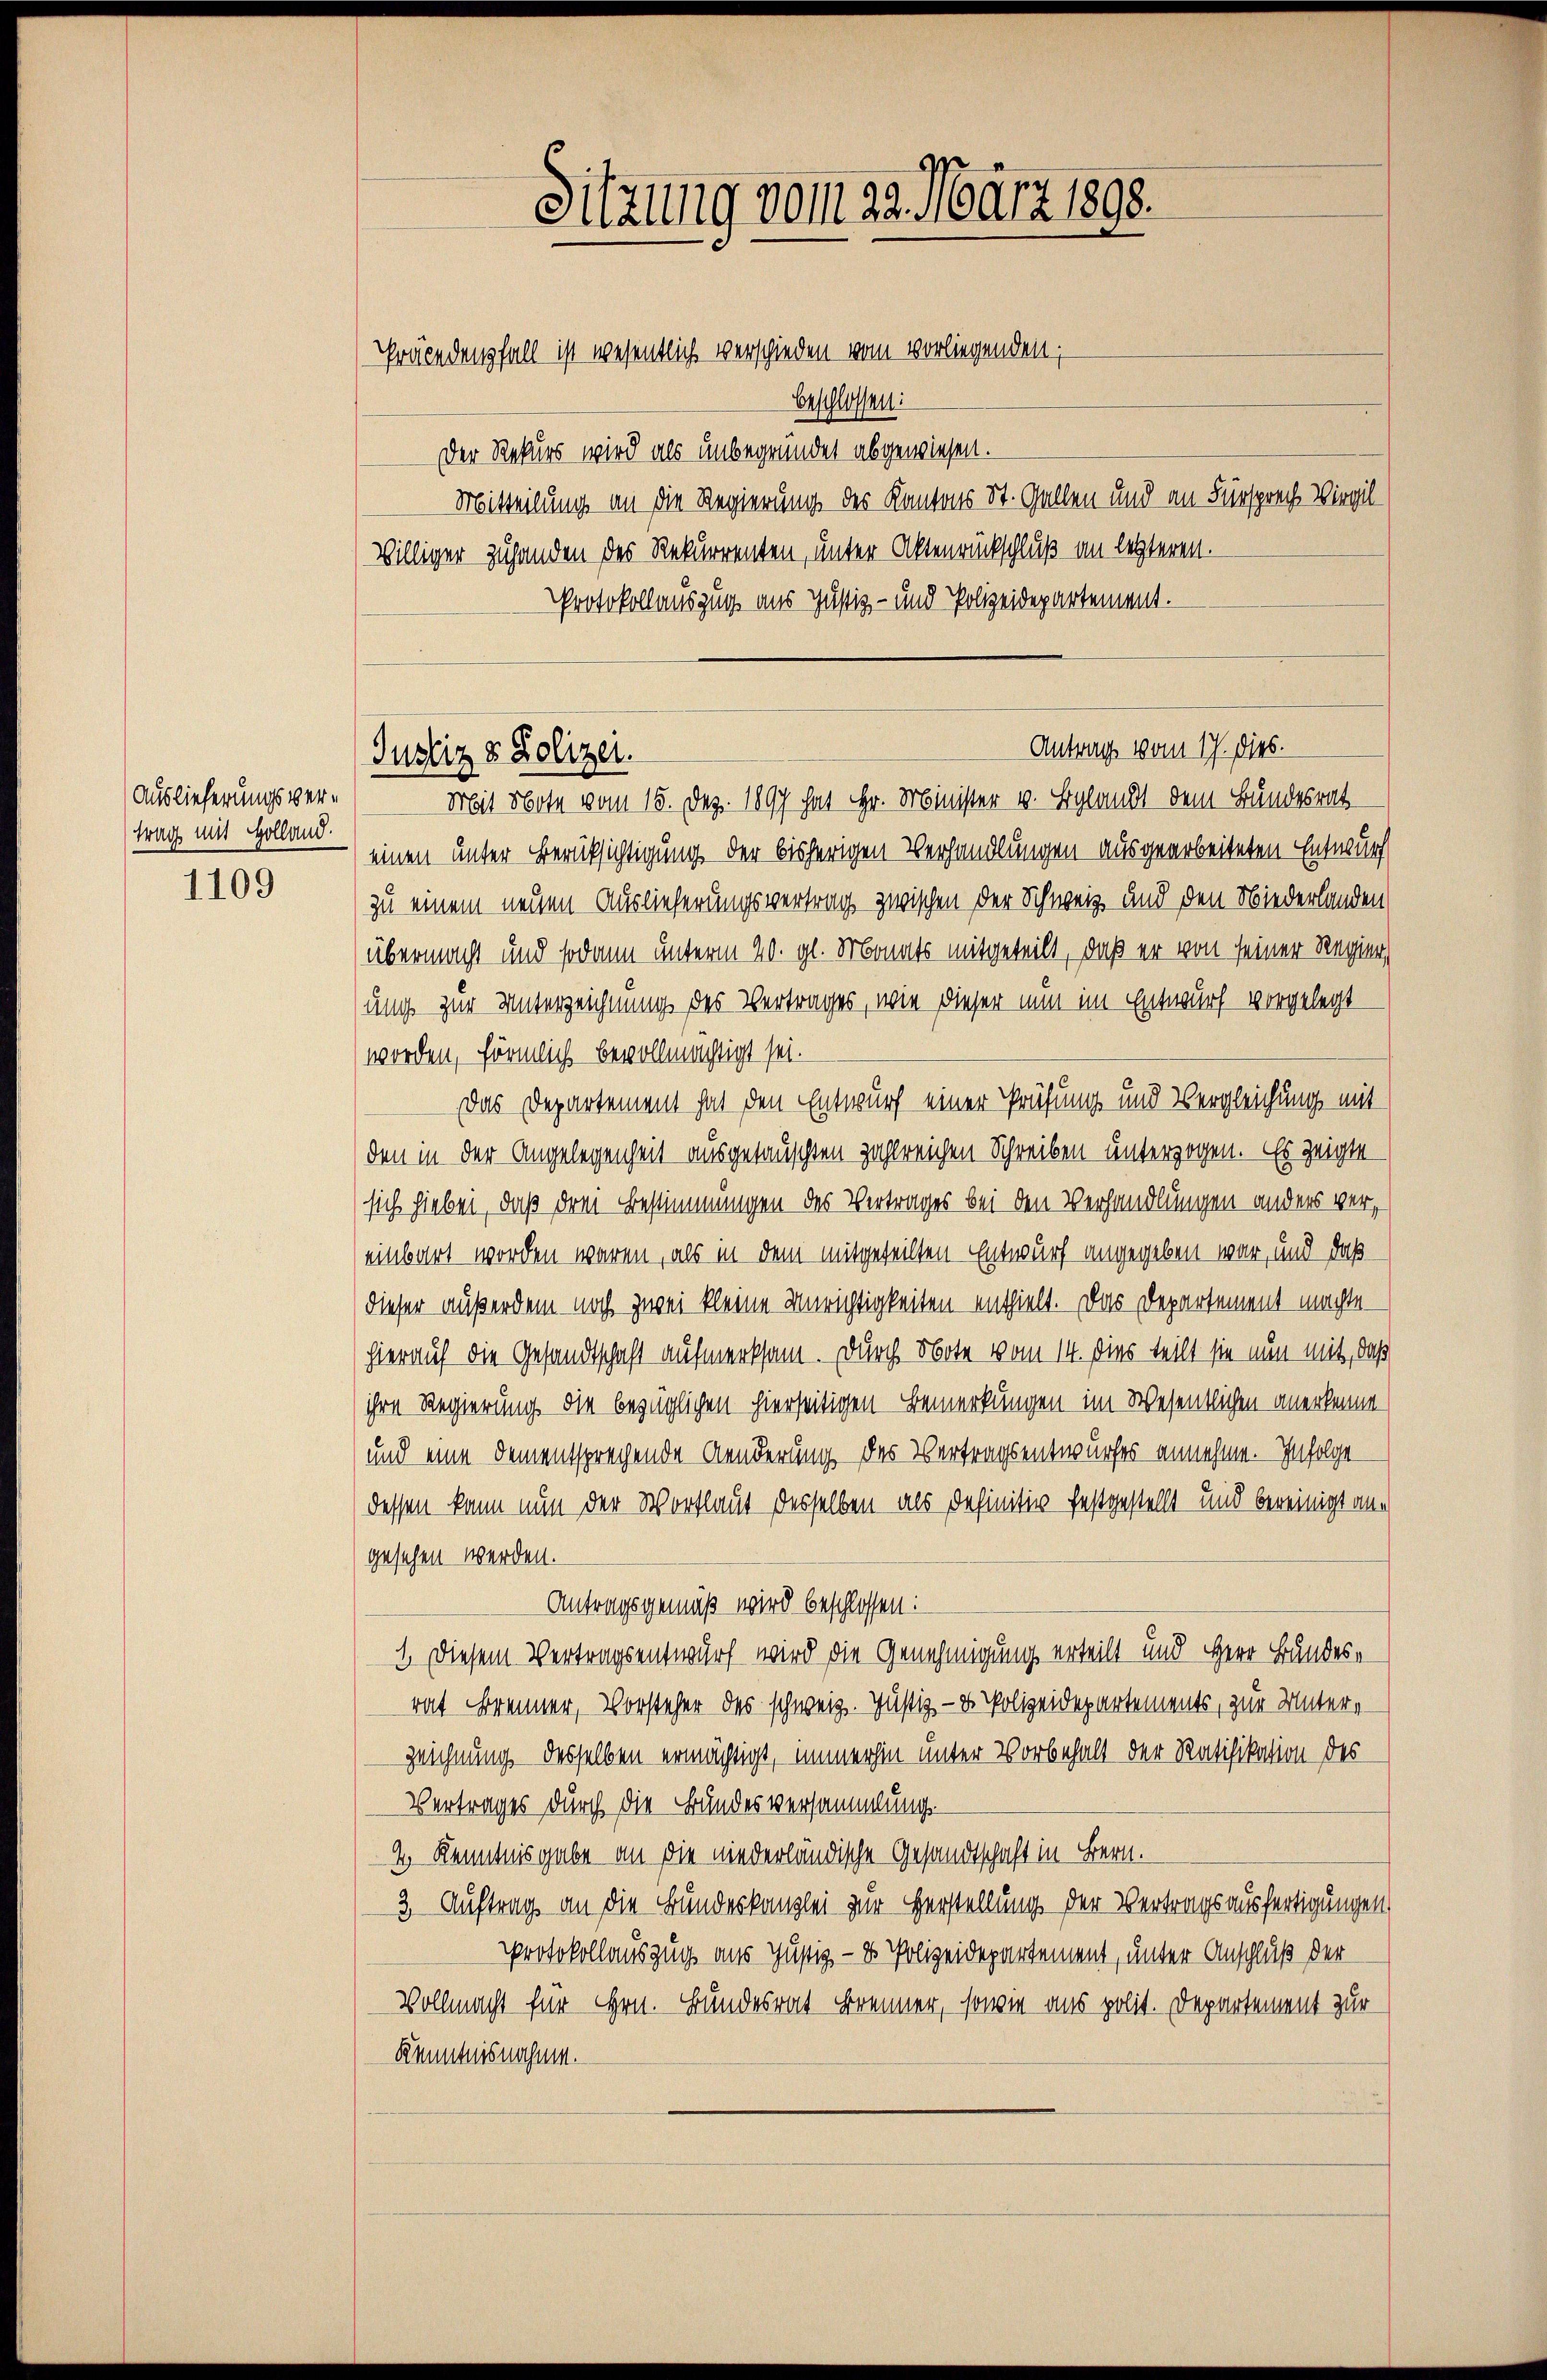
Auslieferungsvertrag mit Holland.

1109

Sitzung vom 23. März 1898.
Präcedenfall ist wesentlich verschieden vom vorliegenden;
beschlossen:

Der Rekurs wird als unbegründet abgewiesen.
Mitteilung an die Regierung des Kantons St. Gallen und an Fürsprech Virgil¬
Williger Zuhanden des Rekurrenten, unter Aktenrückschluß an letzteren.
Protokollauszug aus Justiz- und Polizeidepartement.
Mit Note vom 15. Dez. 1897 hat Hr. Minister v. Blandt dem Bundesrat
einen unter Berüksichtigung der bisherigen Verhandlungen ausgearbeiteten Entwurf
zu einem neuen Auslieferungsvertrag zwischen der Schweiz und den Niederlanden
übermacht und sodann unterm 20. gl. Monats mitgeteilt, daß er von seiner Regier
ung zur Unterzeichnung des Vertrages, wie dieser nun im Entwurf vorgelegt
worden, förmlich bevollmächtigt sei.
Das Departement hat den Entwurf einer Prüfung und Vergleichung mit
den in der Angelegenheit ausgetauschten zahlreichen Schreiben unterzogen. Es zeigte
sich hiebei, daß dem Bestimmungen des Vertrages bei den Verhandlungen anders vereinbart worden waren, als in dem mitgeteilten Entwurf angegeben war, und daß
dieser außerdem noch zwei kleine Unrichtigkeiten enthielt. Das Departement machte
hierauf die Gesandtschaft aufmerksam. Durch Note vom 14. Dies teilt sie nun mit, daß
ihre Regierung die bezüglichen hierseitigen Bemerkungen im Wesentlichen anerkenne.
und eine dementsprechende Aenderung des Vertragsentwurfes annehme. — Infolge
dessen kann nun der Wortlaut derselben als definitiv festgestellt und bereinigt angesehen werden.
Antragsgemäß wird beschlossen:
1. Diesem Vertragsentwurf wird die Genehmigung erteilt und Herr Bundesrat Brenner, Vorsteher des schweiz. Justiz- & Polizeidepartements, zur Untern-
zeichnung desselben ermächtigt, immerhin unter Vorbehalt der Ratifikation des
Vertrages durch die Bundesversammlung.
2.) Kenntnisgabe an die niederländische Gesandtschaft in Bern.
3. Auftrag an die Bundeskanzlei zur Herstellung der Vertragsausfertigungen
Protokollauszug aus Justiz- & Polizeidepartement, unter Anschluß der
Vollmacht für Hrn. Bundesrat Brenner, sowie aus polit. Departement zur
Kenntnisnahme.

Antrag vom 17. dies.
Justiz & Polizei.